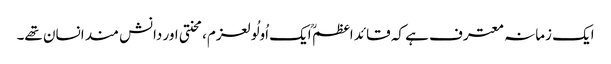
ایک زمانہ معترف ہے کہ قائد اعظم ؒ ایک اُولُولعزم،محنتی اور دانش مند انسان تھے۔